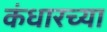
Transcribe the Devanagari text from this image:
कंधारच्या